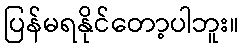
ပြန်မရနိုင်တော့ပါဘူး။